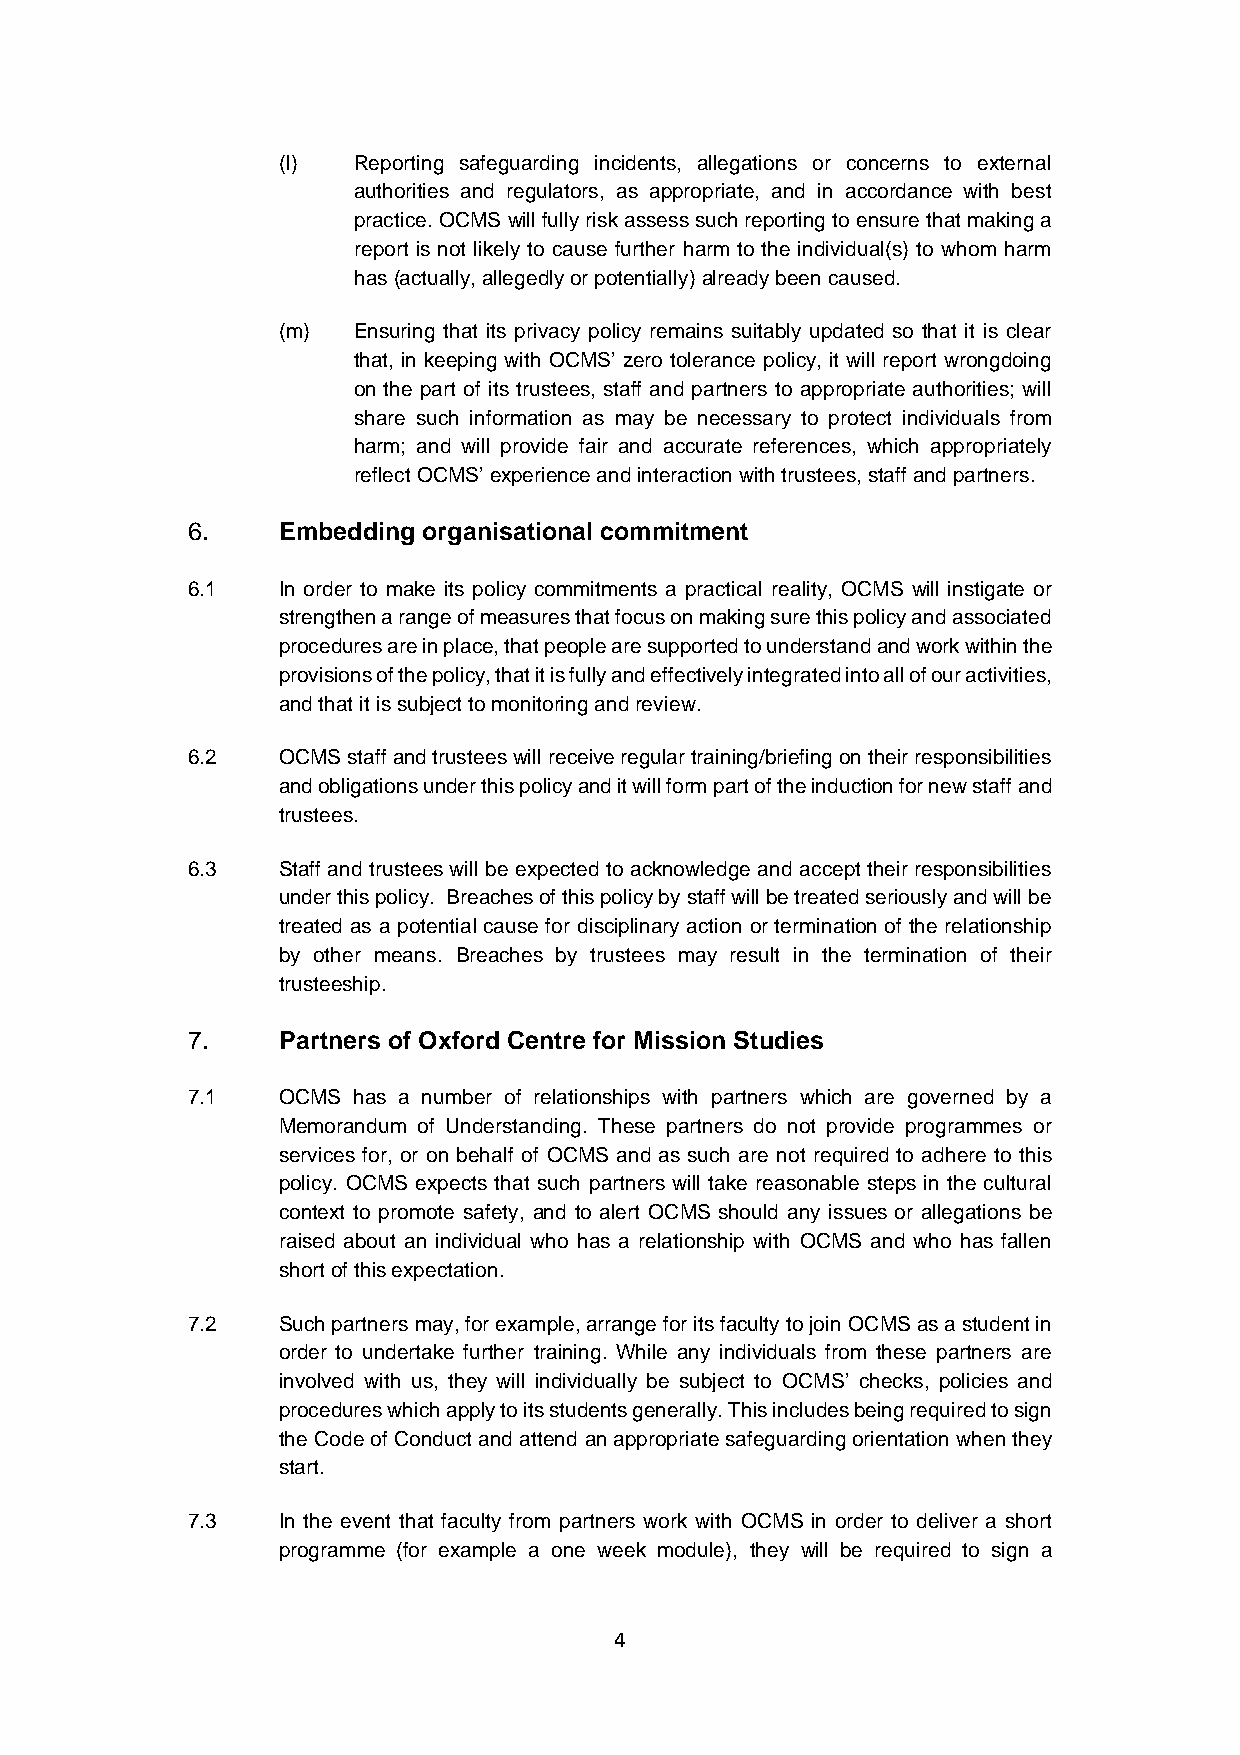
(l)  Reporting safeguarding incidents, allegations or concerns to external
 authorities and regulators, as appropriate, and in accordance with best
 practice. OCMS will fully risk assess such reporting to ensure that making a
 report is not likely to cause further harm to the individual(s) to whom harm
 has (actually, allegedly or potentially) already been caused.
 (m)  Ensuring that its privacy policy remains suitably updated so that it is clear
 that, in keeping with OCMS’ zero tolerance policy, it will report wrongdoing
 on the part of its trustees, staff and partners to appropriate authorities; will
 share such information as may be necessary to protect individuals from
 harm; and will provide fair and accurate references, which appropriately
 reflect OCMS’ experience and interaction with trustees, staff and partners.
 6.    Embedding organisational commitment
 6.1   In order to make its policy commitments a practical reality, OCMS will instigate or
 strengthen a range of measures that focus on making sure this policy and associated
 procedures are in place, that people are supported to understand and work within the
 provisions of the policy, that it is fully and effectively integrated into all of our activities,
 and that it is subject to monitoring and review.
 6.2   OCMS staff and trustees will receive regular training/briefing on their responsibilities
 and obligations under this policy and it will form part of the induction for new staff and
 trustees.
 6.3   Staff and trustees will be expected to acknowledge and accept their responsibilities
 under this policy. Breaches of this policy by staff will be treated seriously and will be
 treated as a potential cause for disciplinary action or termination of the relationship
 by other means. Breaches by trustees may result in the termination of their
 trusteeship.
 7.    Partners of Oxford Centre for Mission Studies
 7.1   OCMS has a number of relationships with partners which are governed by a
 Memorandum of Understanding. These partners do not provide programmes or
 services for, or on behalf of OCMS and as such are not required to adhere to this
 policy. OCMS expects that such partners will take reasonable steps in the cultural
 context to promote safety, and to alert OCMS should any issues or allegations be
 raised about an individual who has a relationship with OCMS and who has fallen
 short of this expectation.
 7.2   Such partners may, for example, arrange for its faculty to join OCMS as a student in
 order to undertake further training. While any individuals from these partners are
 involved with us, they will individually be subject to OCMS’ checks, policies and
 procedures which apply to its students generally. This includes being required to sign
 the Code of Conduct and attend an appropriate safeguarding orientation when they
 start.
 7.3   In the event that faculty from partners work with OCMS in order to deliver a short
 programme (for example a one week module), they will be required to sign a
 4